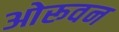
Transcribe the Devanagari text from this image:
ओरूवन